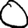
Digit: 0